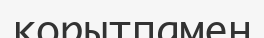
қорытпамен